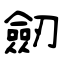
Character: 劒